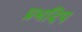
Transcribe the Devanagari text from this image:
प्रभदिप